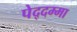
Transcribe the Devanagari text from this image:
पेद्दम्मा